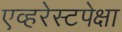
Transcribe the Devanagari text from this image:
एव्हरेस्टपेक्षा